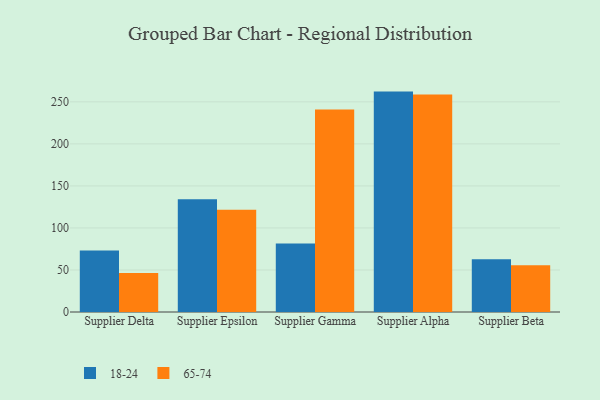
{"axis": {"x": "Supplier", "y": "Backlog"}, "legend": ["18-24", "65-74"], "data": [{"x": "Supplier Delta", "y": 73.2, "type": "18-24"}, {"x": "Supplier Delta", "y": 46.3, "type": "65-74"}, {"x": "Supplier Epsilon", "y": 134.1, "type": "18-24"}, {"x": "Supplier Epsilon", "y": 121.6, "type": "65-74"}, {"x": "Supplier Gamma", "y": 81.6, "type": "18-24"}, {"x": "Supplier Gamma", "y": 241.0, "type": "65-74"}, {"x": "Supplier Alpha", "y": 262.2, "type": "18-24"}, {"x": "Supplier Alpha", "y": 258.8, "type": "65-74"}, {"x": "Supplier Beta", "y": 62.8, "type": "18-24"}, {"x": "Supplier Beta", "y": 55.6, "type": "65-74"}]}